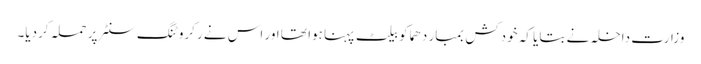
وزارت داخلہ نے بتایا کہ خودکش بمبار دھماکو بیلٹ پہنا ہوا تھا اور اس نے رکروٹنگ سنٹر پر حملہ کردیا۔